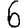
Digit: 6